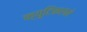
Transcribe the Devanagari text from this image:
क्युटिकलने